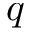
q